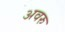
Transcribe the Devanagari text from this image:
अवरु